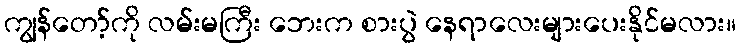
ကျွန်တော့်ကို လမ်းမကြီး ဘေးက စားပွဲ နေရာလေးများပေးနိုင်မလား။